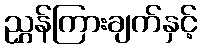
ညွှန်ကြားချက်နှင့်